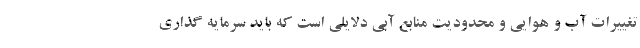
تغییرات آب و هوایی و محدودیت منابع آبی دلایلی است که باید سرمایه گذاری